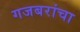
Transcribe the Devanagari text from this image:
गजबरांचा